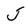
Character: J